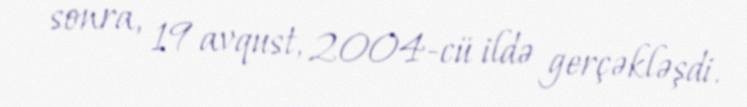
sonra, 19 avqust, 2004-cü ildə gerçəkləşdi.